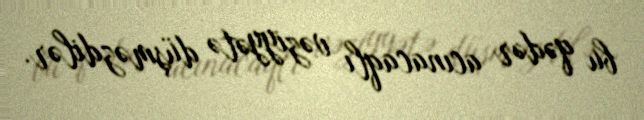
bu qədər acınacaqlı vəziyyətə düşməzdilər.